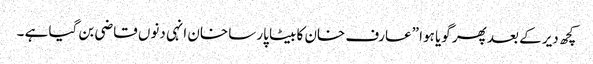
کچھ دیر کے بعد پھر گویا ہوا ”عارف خان کا بیٹا پارسا خان انہی دنوں قاضی بن گیا ہے ۔